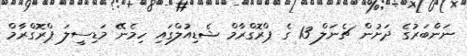
ނަންބަރުގެ ދަށުން ޗެނަލް 13 ގެ ޕްރޮގްރާމް ޝެޑިއުލްގައި ހިމެނޭ މަޑިސީލަ ޕްރޮގްރާމް